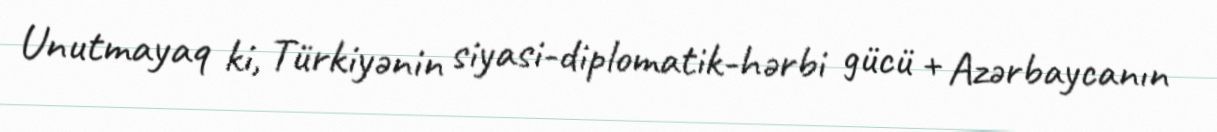
Unutmayaq ki, Türkiyənin siyasi-diplomatik-hərbi gücü + Azərbaycanın